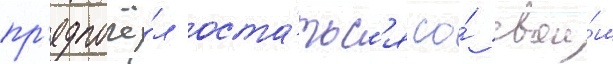
пр'едпочё́л оста́тьс'я со́ свои́м